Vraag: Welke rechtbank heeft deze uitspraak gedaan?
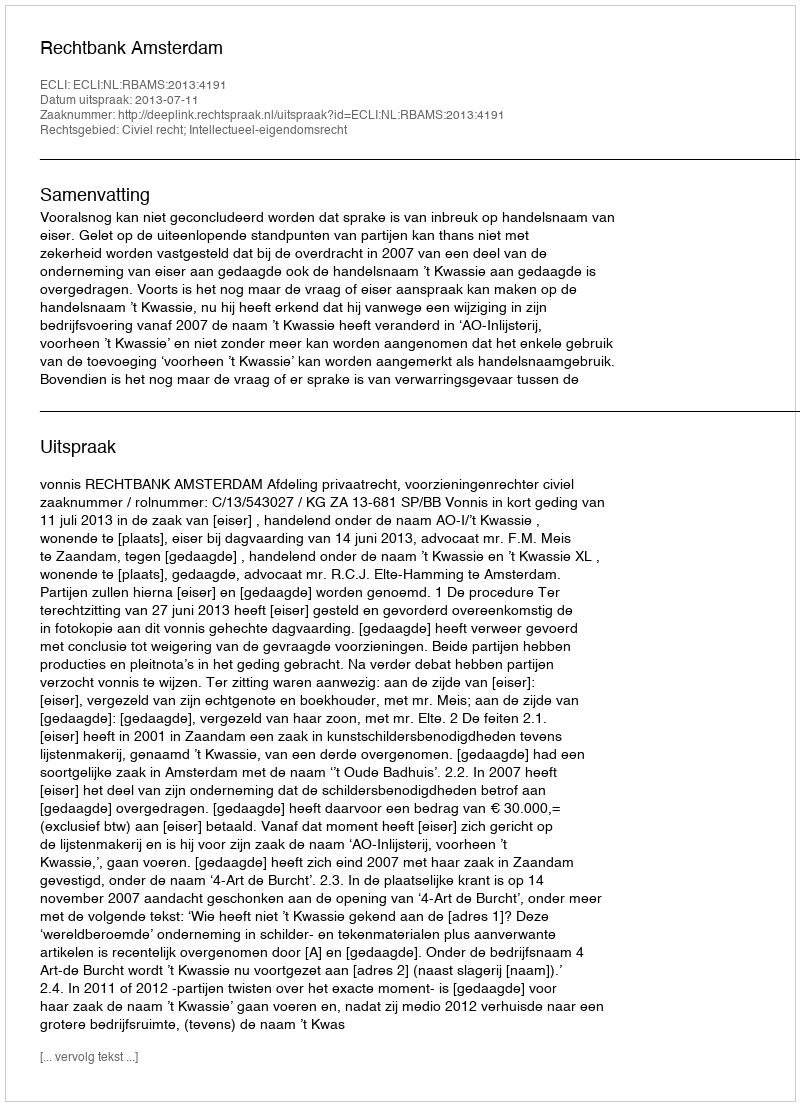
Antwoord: Rechtbank Amsterdam